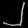
Digit: ၂